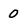
Character: 0